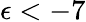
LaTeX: \epsilon<-7